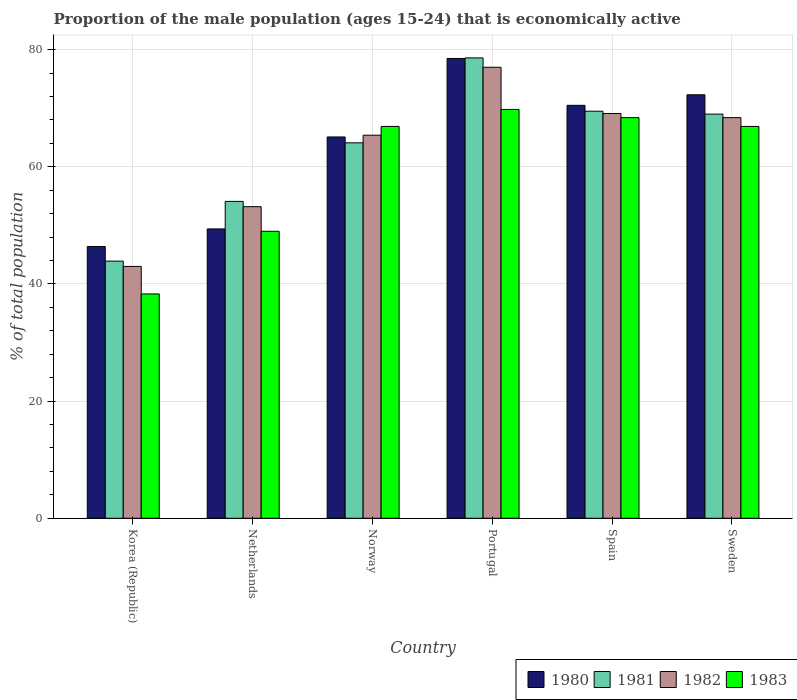
| Country | 1980 | 1981 | 1982 | 1983 |
 | --- | --- | --- | --- | --- |
 | Korea (Republic) | 46.4 | 43.9 | 43 | 38.3 |
 | Netherlands | 49.4 | 54.1 | 53.2 | 49 |
 | Norway | 65.1 | 64.1 | 65.4 | 66.9 |
 | Portugal | 78.5 | 78.6 | 77 | 69.8 |
 | Spain | 70.5 | 69.5 | 69.1 | 68.4 |
 | Sweden | 72.3 | 69 | 68.4 | 66.9 |